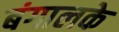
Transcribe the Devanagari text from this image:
बंगालके